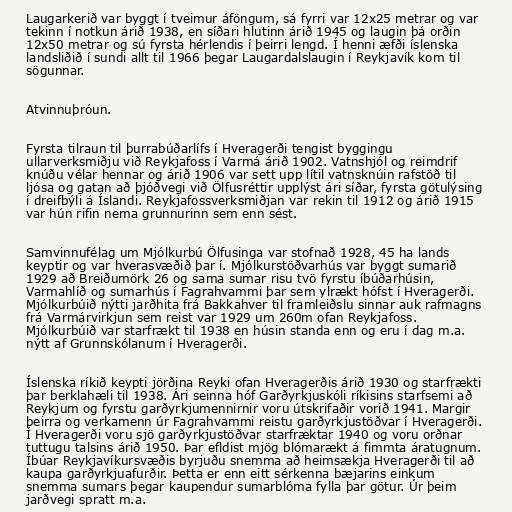
Laugarkerið var byggt í tveimur áföngum, sá fyrri var 12x25 metrar og var
tekinn í notkun árið 1938, en síðari hlutinn árið 1945 og laugin þá orðin
12x50 metrar og sú fyrsta hérlendis í þeirri lengd. Í henni æfði íslenska
landsliðið í sundi allt til 1966 þegar Laugardalslaugin í Reykjavík kom til
sögunnar.

Atvinnuþróun.

Fyrsta tilraun til þurrabúðarlífs í Hveragerði tengist byggingu
ullarverksmiðju við Reykjafoss í Varmá árið 1902. Vatnshjól og reimdrif
knúðu vélar hennar og árið 1906 var sett upp lítil vatnsknúin rafstöð til
ljósa og gatan að þjóðvegi við Ölfusréttir upplýst ári síðar, fyrsta götulýsing
í dreifbýli á Íslandi. Reykjafossverksmiðjan var rekin til 1912 og árið 1915
var hún rifin nema grunnurinn sem enn sést.

Samvinnufélag um Mjólkurbú Ölfusinga var stofnað 1928, 45 ha lands
keyptir og var hverasvæðið þar í. Mjólkurstöðvarhús var byggt sumarið
1929 að Breiðumörk 26 og sama sumar risu tvö fyrstu íbúðarhúsin,
Varmahlíð og sumarhús í Fagrahvammi þar sem ylrækt hófst í Hveragerði.
Mjólkurbúið nýtti jarðhita frá Bakkahver til framleiðslu sinnar auk rafmagns
frá Varmárvirkjun sem reist var 1929 um 260m ofan Reykjafoss.
Mjólkurbúið var starfrækt til 1938 en húsin standa enn og eru í dag m.a.
nýtt af Grunnskólanum í Hveragerði.

Íslenska ríkið keypti jörðina Reyki ofan Hveragerðis árið 1930 og starfrækti
þar berklahæli til 1938. Ári seinna hóf Garðyrkjuskóli ríkisins starfsemi að
Reykjum og fyrstu garðyrkjumennirnir voru útskrifaðir vorið 1941. Margir
þeirra og verkamenn úr Fagrahvammi reistu garðyrkjustöðvar í Hveragerði.
Í Hveragerði voru sjö garðyrkjustöðvar starfræktar 1940 og voru orðnar
tuttugu talsins árið 1950. Þar efldist mjög blómarækt á fimmta áratugnum.
Íbúar Reykjavíkursvæðis byrjuðu snemma að heimsækja Hveragerði til að
kaupa garðyrkjuafurðir. Þetta er enn eitt sérkenna bæjarins einkum
snemma sumars þegar kaupendur sumarblóma fylla þar götur. Úr þeim
jarðvegi spratt m.a.